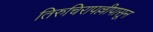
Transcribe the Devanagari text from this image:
तिरुचिरापल्लीपासून